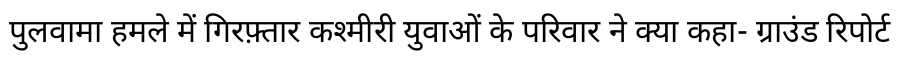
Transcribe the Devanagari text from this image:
पुलवामा हमले में गिरफ़्तार कश्मीरी युवाओं के परिवार ने क्या कहा- ग्राउंड रिपोर्ट